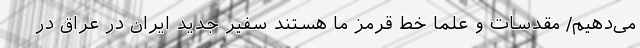
می‌دهیم/ مقدسات و علما خط قرمز ما هستند سفیر جدید ایران در عراق در